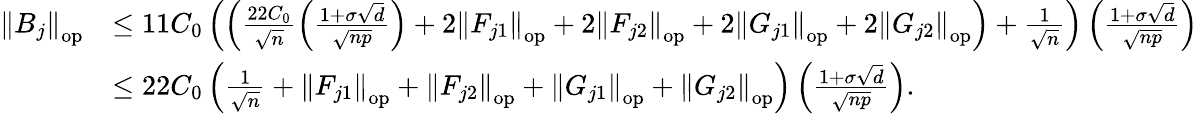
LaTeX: \begin{array}{rl}{\left\| {B_{j}}\right\| _{\mathrm{op}}}&{\leq 11C_{0}\left(\left(\frac{22C_{0}}{\sqrt n}\left(\frac{1+\sigma\sqrt{d}}{\sqrt{np}}\right)+2\left\| {F_{j1}}\right\| _{\mathrm{op}}+2\left\| {F_{j2}}\right\| _{\mathrm{op}}+2\left\| {G_{j1}}\right\| _{\mathrm{op}}+2\left\| {G_{j2}}\right\| _{\mathrm{op}}\right)+\frac{1}{\sqrt{n}}\right)\left(\frac{1+\sigma\sqrt{d}}{\sqrt{np}}\right)}\\ &{\leq 22C_{0}\left(\frac{1}{\sqrt{n}}+\left\| {F_{j1}}\right\| _{\mathrm{op}}+\left\| {F_{j2}}\right\| _{\mathrm{op}}+\left\| {G_{j1}}\right\| _{\mathrm{op}}+\left\| {G_{j2}}\right\| _{\mathrm{op}}\right)\left(\frac{1+\sigma\sqrt{d}}{\sqrt{np}}\right).}\end{array}